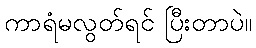
ကာရံမလွတ်ရင် ပြီးတာပဲ။